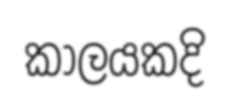
කාලයකදි